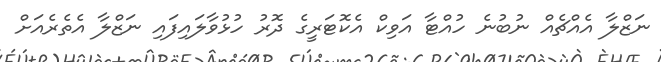
ނަޒްލާ އެއްޗެއް ނުބުނެ ހުއްޓާ އަވިކް އެކޮޓަރީގެ ދޮރު ހުޅުވާލައިފައި ނަޒްލާ އެތެރެއަށް